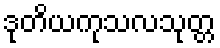
ဒုတိယကုသလသုတ္တ